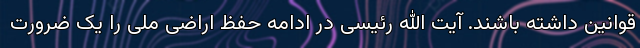
قوانین داشته باشند. آیت الله رئیسی در ادامه حفظ اراضی ملی را یک ضرورت